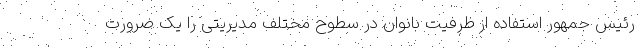
رئیس جمهور استفاده از ظرفیت بانوان در سطوح مختلف مدیریتی را یک ضرورت